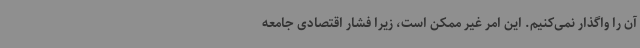
آن را واگذار نمی‌کنیم. این امر غیر ممکن است، زیرا فشار اقتصادی جامعه